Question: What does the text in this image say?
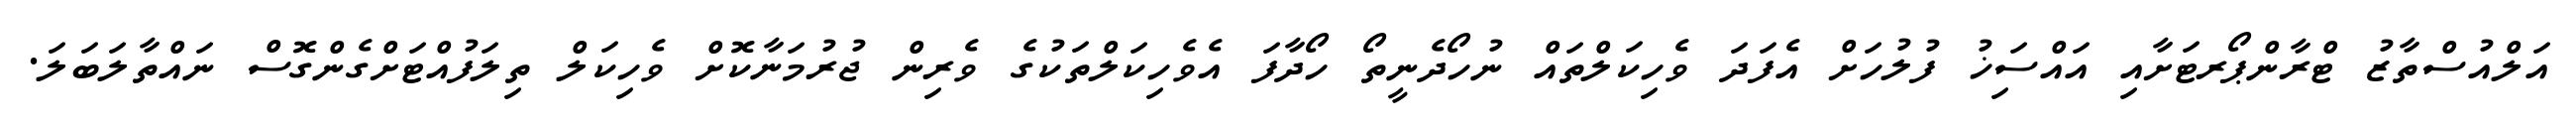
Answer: އަލްއުސްތާޒު ޓްރާންޕޯރޓަށާއި އައްސަިޚު ފުލުހަށް އެފަދަ ވެހިކަލްތައް ނުހޯދެނީތޯ ހޯދާފަ އެވެހިކަލްތަކުގެ ވެރިން ޖުރުމަނާކޮށް ވެހިކަލް ތިލަފުއްޓަށްގެންގޮސް ނައްތާލަބަލަ.